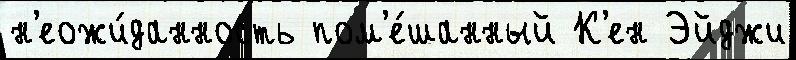
н'еожи́данность пом'е́шанный К'ен Эйджи